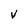
Character: v